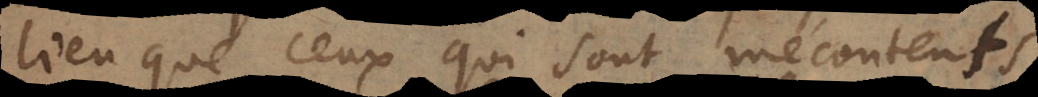
lieu que ceux qui sont mécontents